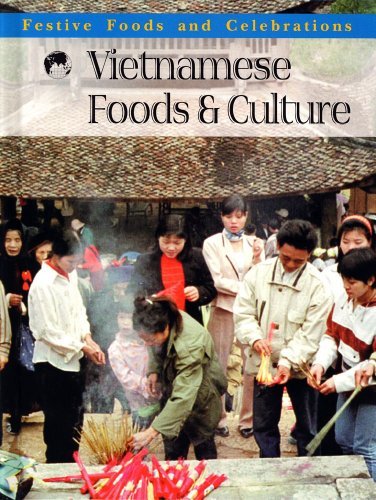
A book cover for Vietnamese Foods and Culture (Festive Foods & Celebrations); Jennifer Ferro; Cookbooks, Food & Wine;